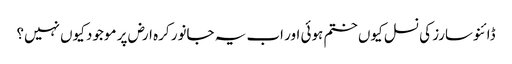
ڈائنوسارز کی نسل کیوں ختم ہوئی اور اب یہ جانور کرہ ارض پر موجود کیوں نہیں؟